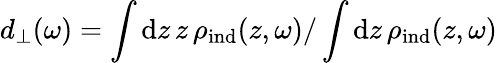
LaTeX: d_{\perp}(\omega)=\int\mathrm{d}z\, z\, \rho_{\mathrm{ind}}(z,\omega)/\int\mathrm{d}z\, \rho_{\mathrm{ind}}(z,\omega)